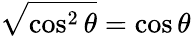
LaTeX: {\sqrt{\cos^{2}\theta}}=\cos\theta